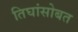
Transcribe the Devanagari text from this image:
तिघांसोबत